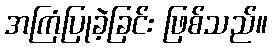
အကြံပြုခဲ့ခြင်း ဖြစ်သည်။